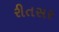
રીતસર